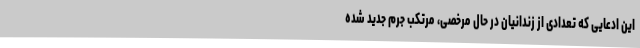
این ادعایی که تعدادی از زندانیان در حال مرخصی، مرتکب جرم جدید شده